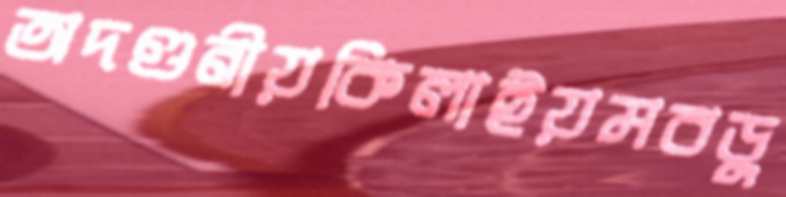
অদণ্ডনীয়কিলাইয়মবড়ু